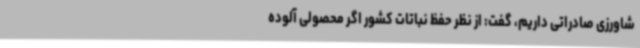
شاورزی صادراتی داریم، گفت: از نظر حفظ نباتات کشور اگر محصولی آلوده